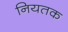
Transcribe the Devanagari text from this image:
नियतक